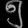
Digit: ၅